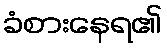
ခံစားနေရ၏